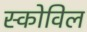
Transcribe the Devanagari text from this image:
स्कोविल